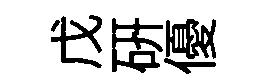
戊硏優